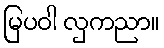
မြပဝါ လှကညာ။